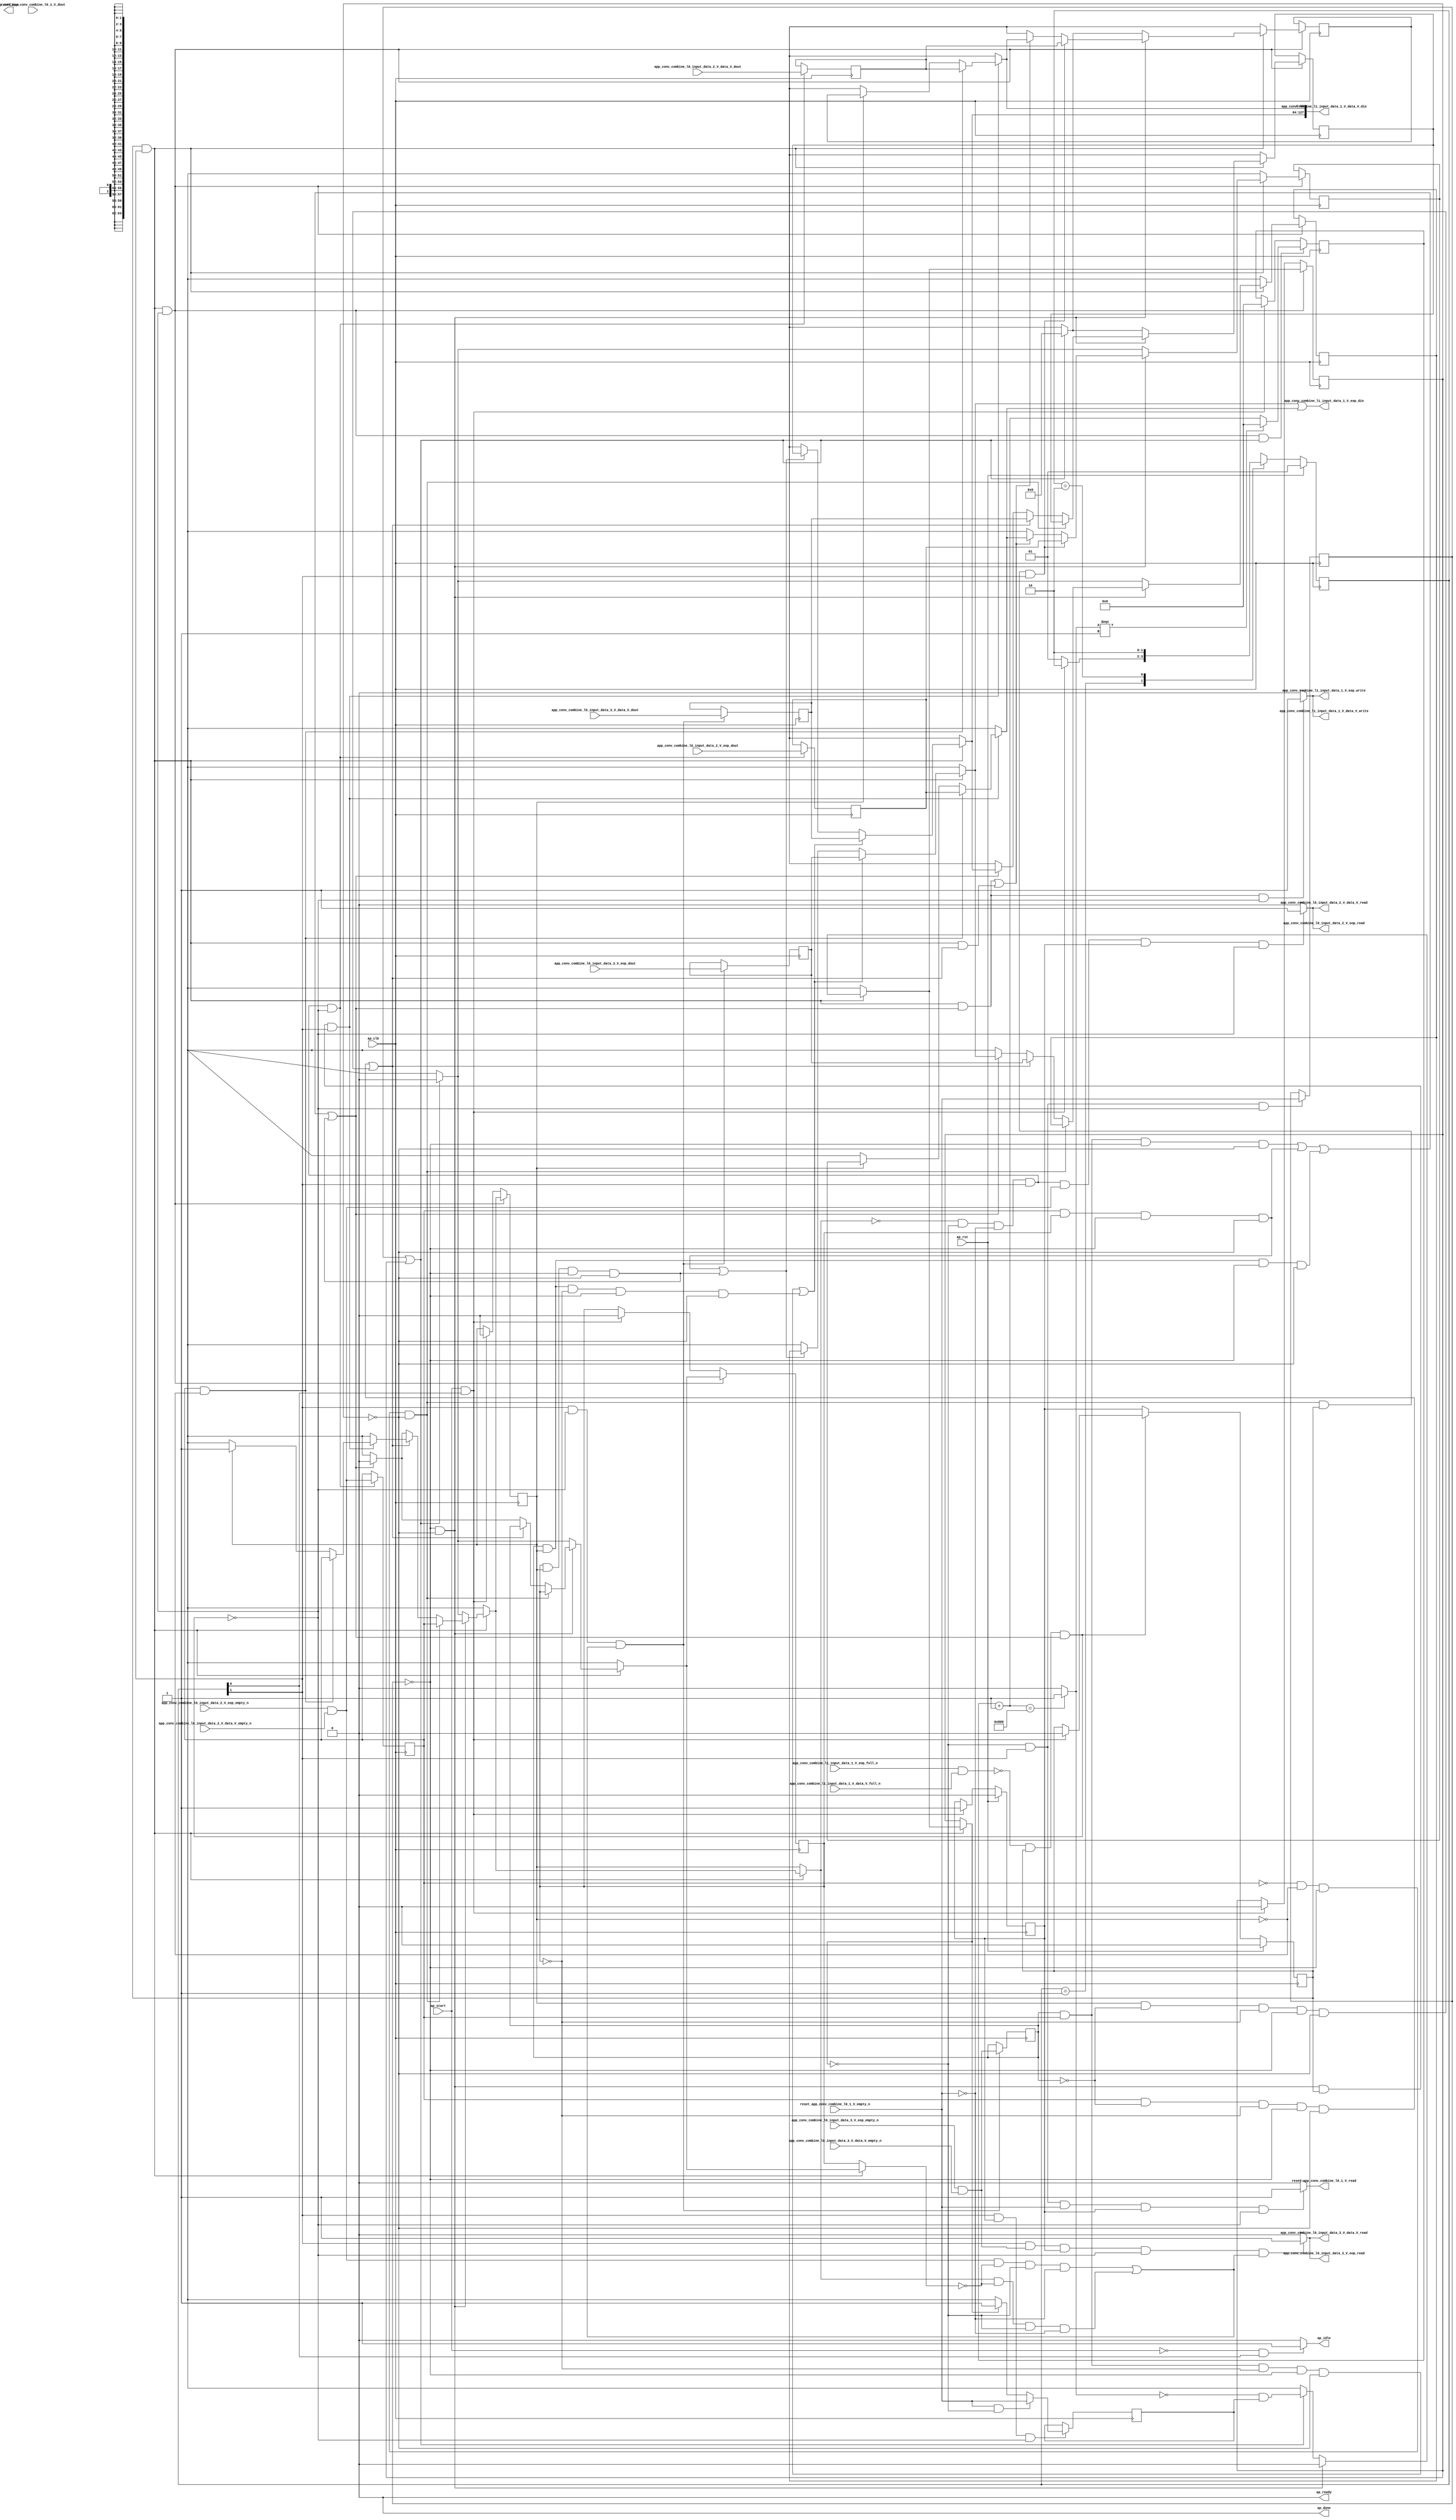
// ==============================================================
// RTL generated by Vivado(TM) HLS - High-Level Synthesis from C, C++ and SystemC
// Version: 2017.4.op
// Copyright (C) 1986-2018 Xilinx, Inc. All Rights Reserved.
// 
// ===========================================================

`timescale 1 ns / 1 ps 

(* CORE_GENERATION_INFO="app_conv_combine_l0_1,hls_ip_2017_4_op,{HLS_INPUT_TYPE=cxx,HLS_INPUT_FLOAT=0,HLS_INPUT_FIXED=0,HLS_INPUT_PART=xcvu9p-flgb2104-2-i,HLS_INPUT_CLOCK=4.000000,HLS_INPUT_ARCH=others,HLS_SYN_CLOCK=3.025500,HLS_SYN_LAT=-1,HLS_SYN_TPT=none,HLS_SYN_MEM=0,HLS_SYN_DSP=0,HLS_SYN_FF=303,HLS_SYN_LUT=658}" *)

module app_conv_combine_l0_1 (
        ap_clk,
        ap_rst,
        ap_start,
        ap_done,
ap_continue,
        ap_idle,
        ap_ready,
        reset_app_conv_combine_l0_1_V_dout,
        reset_app_conv_combine_l0_1_V_empty_n,
        reset_app_conv_combine_l0_1_V_read,
        app_conv_combine_l0_input_data_2_V_data_V_dout,
        app_conv_combine_l0_input_data_2_V_data_V_empty_n,
        app_conv_combine_l0_input_data_2_V_data_V_read,
        app_conv_combine_l0_input_data_2_V_eop_dout,
        app_conv_combine_l0_input_data_2_V_eop_empty_n,
        app_conv_combine_l0_input_data_2_V_eop_read,
        app_conv_combine_l0_input_data_3_V_data_V_dout,
        app_conv_combine_l0_input_data_3_V_data_V_empty_n,
        app_conv_combine_l0_input_data_3_V_data_V_read,
        app_conv_combine_l0_input_data_3_V_eop_dout,
        app_conv_combine_l0_input_data_3_V_eop_empty_n,
        app_conv_combine_l0_input_data_3_V_eop_read,
        app_conv_combine_l1_input_data_1_V_data_V_din,
        app_conv_combine_l1_input_data_1_V_data_V_full_n,
        app_conv_combine_l1_input_data_1_V_data_V_write,
        app_conv_combine_l1_input_data_1_V_eop_din,
        app_conv_combine_l1_input_data_1_V_eop_full_n,
        app_conv_combine_l1_input_data_1_V_eop_write
);

parameter    ap_ST_fsm_state1 = 2'd1;
parameter    ap_ST_fsm_pp0_stage0 = 2'd2;

input   ap_clk;
input   ap_rst;
input   ap_start;
output   ap_done;
output   ap_idle;
output ap_ready; output ap_continue;
input   reset_app_conv_combine_l0_1_V_dout;
input   reset_app_conv_combine_l0_1_V_empty_n;
output   reset_app_conv_combine_l0_1_V_read;
input  [63:0] app_conv_combine_l0_input_data_2_V_data_V_dout;
input   app_conv_combine_l0_input_data_2_V_data_V_empty_n;
output   app_conv_combine_l0_input_data_2_V_data_V_read;
input   app_conv_combine_l0_input_data_2_V_eop_dout;
input   app_conv_combine_l0_input_data_2_V_eop_empty_n;
output   app_conv_combine_l0_input_data_2_V_eop_read;
input  [63:0] app_conv_combine_l0_input_data_3_V_data_V_dout;
input   app_conv_combine_l0_input_data_3_V_data_V_empty_n;
output   app_conv_combine_l0_input_data_3_V_data_V_read;
input   app_conv_combine_l0_input_data_3_V_eop_dout;
input   app_conv_combine_l0_input_data_3_V_eop_empty_n;
output   app_conv_combine_l0_input_data_3_V_eop_read;
output  [127:0] app_conv_combine_l1_input_data_1_V_data_V_din;
input   app_conv_combine_l1_input_data_1_V_data_V_full_n;
output   app_conv_combine_l1_input_data_1_V_data_V_write;
output   app_conv_combine_l1_input_data_1_V_eop_din;
input   app_conv_combine_l1_input_data_1_V_eop_full_n;
output   app_conv_combine_l1_input_data_1_V_eop_write;

reg ap_idle;
reg reset_app_conv_combine_l0_1_V_read;

(* fsm_encoding = "none" *) reg   [1:0] ap_CS_fsm;
wire    ap_CS_fsm_state1;
reg    app_conv_combine_l1_input_data_1_V_data_V_blk_n;
wire    ap_CS_fsm_pp0_stage0;
reg    ap_enable_reg_pp0_iter1;
wire    ap_block_pp0_stage0;
reg   [0:0] reset_reg_208;
reg   [0:0] empty_n_reg_589;
reg   [0:0] data_2_ready_reg_196;
reg   [0:0] data_3_ready_reg_184;
reg   [0:0] empty_n_3_reg_594;
reg   [0:0] empty_n_4_reg_612;
reg    app_conv_combine_l1_input_data_1_V_eop_blk_n;
reg   [0:0] input_data_3_1_reg_220;
reg   [63:0] input_data_3_reg_231;
reg   [0:0] input_data_2_1_reg_242;
reg   [63:0] input_data_2_reg_253;
wire   [0:0] empty_n_fu_497_p1;
wire    ap_block_state2_pp0_stage0_iter0;
wire    app_conv_combine_l1_input_data_1_V_eop1_status;
reg    ap_predicate_op54_write_state3;
reg    ap_block_state3_pp0_stage0_iter1;
reg    ap_block_pp0_stage0_11001;
reg   [0:0] ap_phi_mux_reset_phi_fu_212_p4;
wire   [0:0] empty_n_3_fu_501_p1;
reg   [0:0] ap_phi_mux_data_2_ready_phi_fu_200_p4;
reg   [63:0] tmp_data_V_1_reg_600;
reg   [0:0] tmp_eop_1_reg_606;
reg   [0:0] ap_phi_mux_data_3_ready_phi_fu_188_p4;
reg   [63:0] tmp_data_V_2_reg_617;
reg   [0:0] tmp_eop_2_reg_623;
reg    ap_enable_reg_pp0_iter0;
reg    ap_block_pp0_stage0_subdone;
reg   [0:0] ap_phi_mux_data_3_ready_be_phi_fu_458_p4;
reg   [0:0] ap_phi_mux_data_2_ready_be_phi_fu_471_p4;
reg   [0:0] ap_phi_mux_reset_be_phi_fu_484_p4;
reg   [0:0] ap_phi_mux_input_data_3_1_be_phi_fu_406_p4;
reg   [63:0] ap_phi_mux_input_data_3_be_phi_fu_419_p4;
reg   [0:0] ap_phi_mux_input_data_2_1_be_phi_fu_432_p4;
reg   [63:0] ap_phi_mux_input_data_2_be_phi_fu_445_p4;
reg   [0:0] ap_phi_mux_input_data_2_1_1_phi_fu_267_p4;
wire   [0:0] ap_phi_reg_pp0_iter1_input_data_2_1_1_reg_264;
reg   [63:0] ap_phi_mux_input_data_2_0_1_phi_fu_277_p4;
wire   [63:0] ap_phi_reg_pp0_iter1_input_data_2_0_1_reg_274;
reg   [0:0] ap_phi_mux_data_2_ready_1_phi_fu_287_p4;
wire   [0:0] ap_phi_reg_pp0_iter1_data_2_ready_1_reg_284;
reg   [0:0] ap_phi_mux_input_data_3_1_1_phi_fu_297_p4;
wire   [0:0] ap_phi_reg_pp0_iter1_input_data_3_1_1_reg_294;
reg   [63:0] ap_phi_mux_input_data_3_0_1_phi_fu_307_p4;
wire   [63:0] ap_phi_reg_pp0_iter1_input_data_3_0_1_reg_304;
reg   [0:0] ap_phi_mux_input_data_3_1_2_phi_fu_317_p6;
wire   [0:0] ap_phi_reg_pp0_iter1_input_data_3_1_2_reg_314;
reg   [63:0] ap_phi_mux_input_data_3_0_2_phi_fu_330_p6;
wire   [63:0] ap_phi_reg_pp0_iter1_input_data_3_0_2_reg_327;
reg   [0:0] ap_phi_mux_input_data_2_1_2_phi_fu_343_p6;
wire   [0:0] ap_phi_reg_pp0_iter1_input_data_2_1_2_reg_340;
reg   [63:0] ap_phi_mux_input_data_2_0_2_phi_fu_356_p6;
wire   [63:0] ap_phi_reg_pp0_iter1_input_data_2_0_2_reg_353;
reg   [0:0] ap_phi_mux_data_3_ready_1_phi_fu_369_p6;
wire   [0:0] ap_phi_reg_pp0_iter1_data_3_ready_1_reg_366;
reg   [0:0] ap_phi_mux_data_2_ready_2_phi_fu_382_p6;
wire   [0:0] ap_phi_reg_pp0_iter1_data_2_ready_2_reg_379;
wire   [0:0] ap_phi_reg_pp0_iter0_reset_1_reg_392;
reg   [0:0] ap_phi_reg_pp0_iter1_reset_1_reg_392;
wire   [0:0] ap_phi_reg_pp0_iter1_input_data_3_1_be_reg_402;
wire   [63:0] ap_phi_reg_pp0_iter1_input_data_3_be_reg_415;
wire   [0:0] ap_phi_reg_pp0_iter1_input_data_2_1_be_reg_428;
wire   [63:0] ap_phi_reg_pp0_iter1_input_data_2_be_reg_441;
wire   [0:0] ap_phi_reg_pp0_iter1_data_3_ready_be_reg_454;
wire   [0:0] ap_phi_reg_pp0_iter1_data_2_ready_be_reg_467;
wire   [0:0] p_reset_1_fu_562_p2;
wire   [0:0] ap_phi_reg_pp0_iter1_reset_be_reg_480;
reg    app_conv_combine_l0_input_data_2_V_eop0_update;
wire   [0:0] empty_n_1_nbread_fu_158_p3_0;
reg    app_conv_combine_l0_input_data_3_V_eop0_update;
wire   [0:0] empty_n_2_nbread_fu_166_p3_0;
reg    app_conv_combine_l1_input_data_1_V_eop1_update;
reg    ap_block_pp0_stage0_01001;
reg   [31:0] reset_cnt_fu_148;
wire   [31:0] p_s_fu_569_p3;
wire   [31:0] reset_cnt_1_fu_544_p2;
wire   [0:0] tmp_2_fu_550_p2;
wire   [0:0] not_s_fu_556_p2;
reg   [1:0] ap_NS_fsm;
reg    ap_idle_pp0;
wire    ap_enable_pp0;
reg    ap_condition_278;
reg    ap_condition_87;
reg    ap_condition_239;
reg    ap_condition_245;
reg    ap_condition_63;
reg    ap_condition_81;
reg    ap_condition_224;
reg    ap_condition_265;

// power-on initialization
initial begin
#0 ap_CS_fsm = 2'd1;
#0 ap_enable_reg_pp0_iter1 = 1'b0;
#0 ap_enable_reg_pp0_iter0 = 1'b0;
end

always @ (posedge ap_clk) begin
    if (ap_rst == 1'b1) begin
        ap_CS_fsm <= ap_ST_fsm_state1;
    end else begin
        ap_CS_fsm <= ap_NS_fsm;
    end
end

always @ (posedge ap_clk) begin
    if (ap_rst == 1'b1) begin
        ap_enable_reg_pp0_iter0 <= 1'b0;
    end else begin
        if (((ap_start == 1'b1) & (1'b1 == ap_CS_fsm_state1))) begin
            ap_enable_reg_pp0_iter0 <= 1'b1;
        end
    end
end

always @ (posedge ap_clk) begin
    if (ap_rst == 1'b1) begin
        ap_enable_reg_pp0_iter1 <= 1'b0;
    end else begin
        if ((1'b0 == ap_block_pp0_stage0_subdone)) begin
            ap_enable_reg_pp0_iter1 <= ap_enable_reg_pp0_iter0;
        end else if (((ap_start == 1'b1) & (1'b1 == ap_CS_fsm_state1))) begin
            ap_enable_reg_pp0_iter1 <= 1'b0;
        end
    end
end

always @ (posedge ap_clk) begin
    if ((1'b1 == ap_condition_265)) begin
        if (((empty_n_fu_497_p1 == 1'd1) & (ap_phi_mux_reset_phi_fu_212_p4 == 1'd0))) begin
            ap_phi_reg_pp0_iter1_reset_1_reg_392 <= reset_app_conv_combine_l0_1_V_empty_n;
        end else if ((ap_phi_mux_reset_phi_fu_212_p4 == 1'd1)) begin
            ap_phi_reg_pp0_iter1_reset_1_reg_392 <= ap_phi_mux_reset_phi_fu_212_p4;
        end else if ((1'b1 == 1'b1)) begin
            ap_phi_reg_pp0_iter1_reset_1_reg_392 <= ap_phi_reg_pp0_iter0_reset_1_reg_392;
        end
    end
end

always @ (posedge ap_clk) begin
    if (((ap_enable_reg_pp0_iter1 == 1'b1) & (1'b1 == ap_CS_fsm_pp0_stage0) & (1'b0 == ap_block_pp0_stage0_11001))) begin
        data_2_ready_reg_196 <= ap_phi_mux_data_2_ready_be_phi_fu_471_p4;
    end else if (((ap_start == 1'b1) & (1'b1 == ap_CS_fsm_state1))) begin
        data_2_ready_reg_196 <= 1'd0;
    end
end

always @ (posedge ap_clk) begin
    if (((ap_enable_reg_pp0_iter1 == 1'b1) & (1'b1 == ap_CS_fsm_pp0_stage0) & (1'b0 == ap_block_pp0_stage0_11001))) begin
        data_3_ready_reg_184 <= ap_phi_mux_data_3_ready_be_phi_fu_458_p4;
    end else if (((ap_start == 1'b1) & (1'b1 == ap_CS_fsm_state1))) begin
        data_3_ready_reg_184 <= 1'd0;
    end
end

always @ (posedge ap_clk) begin
    if (((ap_enable_reg_pp0_iter1 == 1'b1) & (1'b1 == ap_CS_fsm_pp0_stage0) & (1'b0 == ap_block_pp0_stage0_11001) & ((empty_n_reg_589 == 1'd1) | (reset_reg_208 == 1'd1)))) begin
        reset_cnt_fu_148 <= p_s_fu_569_p3;
    end else if (((ap_start == 1'b1) & (1'b1 == ap_CS_fsm_state1))) begin
        reset_cnt_fu_148 <= 32'd0;
    end
end

always @ (posedge ap_clk) begin
    if (((ap_enable_reg_pp0_iter1 == 1'b1) & (1'b1 == ap_CS_fsm_pp0_stage0) & (1'b0 == ap_block_pp0_stage0_11001))) begin
        reset_reg_208 <= ap_phi_mux_reset_be_phi_fu_484_p4;
    end else if (((ap_start == 1'b1) & (1'b1 == ap_CS_fsm_state1))) begin
        reset_reg_208 <= 1'd0;
    end
end

always @ (posedge ap_clk) begin
    if (((ap_phi_mux_data_2_ready_phi_fu_200_p4 == 1'd0) & (ap_phi_mux_reset_phi_fu_212_p4 == 1'd0) & (empty_n_fu_497_p1 == 1'd0) & (1'b1 == ap_CS_fsm_pp0_stage0) & (1'b0 == ap_block_pp0_stage0_11001))) begin
        empty_n_3_reg_594 <= empty_n_1_nbread_fu_158_p3_0;
        tmp_data_V_1_reg_600 <= app_conv_combine_l0_input_data_2_V_data_V_dout;
        tmp_eop_1_reg_606 <= app_conv_combine_l0_input_data_2_V_eop_dout;
    end
end

always @ (posedge ap_clk) begin
    if (((1'b1 == ap_CS_fsm_pp0_stage0) & (1'b0 == ap_block_pp0_stage0_11001) & (((empty_n_3_fu_501_p1 == 1'd1) & (ap_phi_mux_data_3_ready_phi_fu_188_p4 == 1'd0) & (ap_phi_mux_reset_phi_fu_212_p4 == 1'd0) & (empty_n_fu_497_p1 == 1'd0)) | ((ap_phi_mux_data_2_ready_phi_fu_200_p4 == 1'd1) & (ap_phi_mux_data_3_ready_phi_fu_188_p4 == 1'd0) & (ap_phi_mux_reset_phi_fu_212_p4 == 1'd0) & (empty_n_fu_497_p1 == 1'd0))))) begin
        empty_n_4_reg_612 <= empty_n_2_nbread_fu_166_p3_0;
        tmp_data_V_2_reg_617 <= app_conv_combine_l0_input_data_3_V_data_V_dout;
        tmp_eop_2_reg_623 <= app_conv_combine_l0_input_data_3_V_eop_dout;
    end
end

always @ (posedge ap_clk) begin
    if (((ap_phi_mux_reset_phi_fu_212_p4 == 1'd0) & (1'b1 == ap_CS_fsm_pp0_stage0) & (1'b0 == ap_block_pp0_stage0_11001))) begin
        empty_n_reg_589 <= reset_app_conv_combine_l0_1_V_empty_n;
    end
end

always @ (posedge ap_clk) begin
    if (((ap_enable_reg_pp0_iter1 == 1'b1) & (1'b1 == ap_CS_fsm_pp0_stage0) & (1'b0 == ap_block_pp0_stage0_11001))) begin
        input_data_2_1_reg_242 <= ap_phi_mux_input_data_2_1_be_phi_fu_432_p4;
        input_data_2_reg_253 <= ap_phi_mux_input_data_2_be_phi_fu_445_p4;
        input_data_3_1_reg_220 <= ap_phi_mux_input_data_3_1_be_phi_fu_406_p4;
        input_data_3_reg_231 <= ap_phi_mux_input_data_3_be_phi_fu_419_p4;
    end
end

always @ (*) begin
    if (((ap_start == 1'b0) & (1'b1 == ap_CS_fsm_state1))) begin
        ap_idle = 1'b1;
    end else begin
        ap_idle = 1'b0;
    end
end

always @ (*) begin
    if (((ap_enable_reg_pp0_iter1 == 1'b0) & (ap_enable_reg_pp0_iter0 == 1'b0))) begin
        ap_idle_pp0 = 1'b1;
    end else begin
        ap_idle_pp0 = 1'b0;
    end
end

always @ (*) begin
    if ((1'b1 == ap_condition_278)) begin
        if (((empty_n_3_reg_594 == 1'd1) & (data_2_ready_reg_196 == 1'd0))) begin
            ap_phi_mux_data_2_ready_1_phi_fu_287_p4 = empty_n_3_reg_594;
        end else if ((data_2_ready_reg_196 == 1'd1)) begin
            ap_phi_mux_data_2_ready_1_phi_fu_287_p4 = data_2_ready_reg_196;
        end else begin
            ap_phi_mux_data_2_ready_1_phi_fu_287_p4 = ap_phi_reg_pp0_iter1_data_2_ready_1_reg_284;
        end
    end else begin
        ap_phi_mux_data_2_ready_1_phi_fu_287_p4 = ap_phi_reg_pp0_iter1_data_2_ready_1_reg_284;
    end
end

always @ (*) begin
    if ((1'b1 == ap_condition_63)) begin
        if ((1'b1 == ap_condition_245)) begin
            ap_phi_mux_data_2_ready_2_phi_fu_382_p6 = empty_n_3_reg_594;
        end else if ((1'b1 == ap_condition_239)) begin
            ap_phi_mux_data_2_ready_2_phi_fu_382_p6 = ap_phi_mux_data_2_ready_1_phi_fu_287_p4;
        end else if ((1'b1 == ap_condition_87)) begin
            ap_phi_mux_data_2_ready_2_phi_fu_382_p6 = 1'd0;
        end else begin
            ap_phi_mux_data_2_ready_2_phi_fu_382_p6 = ap_phi_reg_pp0_iter1_data_2_ready_2_reg_379;
        end
    end else begin
        ap_phi_mux_data_2_ready_2_phi_fu_382_p6 = ap_phi_reg_pp0_iter1_data_2_ready_2_reg_379;
    end
end

always @ (*) begin
    if ((1'b1 == ap_condition_63)) begin
        if (((empty_n_reg_589 == 1'd0) & (reset_reg_208 == 1'd0))) begin
            ap_phi_mux_data_2_ready_be_phi_fu_471_p4 = ap_phi_mux_data_2_ready_2_phi_fu_382_p6;
        end else if (((empty_n_reg_589 == 1'd1) | (reset_reg_208 == 1'd1))) begin
            ap_phi_mux_data_2_ready_be_phi_fu_471_p4 = 1'd0;
        end else begin
            ap_phi_mux_data_2_ready_be_phi_fu_471_p4 = ap_phi_reg_pp0_iter1_data_2_ready_be_reg_467;
        end
    end else begin
        ap_phi_mux_data_2_ready_be_phi_fu_471_p4 = ap_phi_reg_pp0_iter1_data_2_ready_be_reg_467;
    end
end

always @ (*) begin
    if (((1'b0 == ap_block_pp0_stage0) & (ap_enable_reg_pp0_iter1 == 1'b1) & (1'b1 == ap_CS_fsm_pp0_stage0))) begin
        ap_phi_mux_data_2_ready_phi_fu_200_p4 = ap_phi_mux_data_2_ready_be_phi_fu_471_p4;
    end else begin
        ap_phi_mux_data_2_ready_phi_fu_200_p4 = data_2_ready_reg_196;
    end
end

always @ (*) begin
    if ((1'b1 == ap_condition_63)) begin
        if ((1'b1 == ap_condition_245)) begin
            ap_phi_mux_data_3_ready_1_phi_fu_369_p6 = data_3_ready_reg_184;
        end else if ((1'b1 == ap_condition_239)) begin
            ap_phi_mux_data_3_ready_1_phi_fu_369_p6 = empty_n_4_reg_612;
        end else if ((1'b1 == ap_condition_87)) begin
            ap_phi_mux_data_3_ready_1_phi_fu_369_p6 = 1'd0;
        end else begin
            ap_phi_mux_data_3_ready_1_phi_fu_369_p6 = ap_phi_reg_pp0_iter1_data_3_ready_1_reg_366;
        end
    end else begin
        ap_phi_mux_data_3_ready_1_phi_fu_369_p6 = ap_phi_reg_pp0_iter1_data_3_ready_1_reg_366;
    end
end

always @ (*) begin
    if ((1'b1 == ap_condition_63)) begin
        if (((empty_n_reg_589 == 1'd0) & (reset_reg_208 == 1'd0))) begin
            ap_phi_mux_data_3_ready_be_phi_fu_458_p4 = ap_phi_mux_data_3_ready_1_phi_fu_369_p6;
        end else if (((empty_n_reg_589 == 1'd1) | (reset_reg_208 == 1'd1))) begin
            ap_phi_mux_data_3_ready_be_phi_fu_458_p4 = 1'd0;
        end else begin
            ap_phi_mux_data_3_ready_be_phi_fu_458_p4 = ap_phi_reg_pp0_iter1_data_3_ready_be_reg_454;
        end
    end else begin
        ap_phi_mux_data_3_ready_be_phi_fu_458_p4 = ap_phi_reg_pp0_iter1_data_3_ready_be_reg_454;
    end
end

always @ (*) begin
    if (((1'b0 == ap_block_pp0_stage0) & (ap_enable_reg_pp0_iter1 == 1'b1) & (1'b1 == ap_CS_fsm_pp0_stage0))) begin
        ap_phi_mux_data_3_ready_phi_fu_188_p4 = ap_phi_mux_data_3_ready_be_phi_fu_458_p4;
    end else begin
        ap_phi_mux_data_3_ready_phi_fu_188_p4 = data_3_ready_reg_184;
    end
end

always @ (*) begin
    if ((1'b1 == ap_condition_278)) begin
        if (((empty_n_3_reg_594 == 1'd1) & (data_2_ready_reg_196 == 1'd0))) begin
            ap_phi_mux_input_data_2_0_1_phi_fu_277_p4 = tmp_data_V_1_reg_600;
        end else if ((data_2_ready_reg_196 == 1'd1)) begin
            ap_phi_mux_input_data_2_0_1_phi_fu_277_p4 = input_data_2_reg_253;
        end else begin
            ap_phi_mux_input_data_2_0_1_phi_fu_277_p4 = ap_phi_reg_pp0_iter1_input_data_2_0_1_reg_274;
        end
    end else begin
        ap_phi_mux_input_data_2_0_1_phi_fu_277_p4 = ap_phi_reg_pp0_iter1_input_data_2_0_1_reg_274;
    end
end

always @ (*) begin
    if (((empty_n_3_reg_594 == 1'd0) & (data_2_ready_reg_196 == 1'd0) & (empty_n_reg_589 == 1'd0) & (reset_reg_208 == 1'd0) & (1'b0 == ap_block_pp0_stage0) & (ap_enable_reg_pp0_iter1 == 1'b1) & (1'b1 == ap_CS_fsm_pp0_stage0))) begin
        ap_phi_mux_input_data_2_0_2_phi_fu_356_p6 = tmp_data_V_1_reg_600;
    end else if ((((1'b0 == ap_block_pp0_stage0) & (ap_enable_reg_pp0_iter1 == 1'b1) & (1'b1 == ap_CS_fsm_pp0_stage0) & (((empty_n_4_reg_612 == 1'd1) & (empty_n_3_reg_594 == 1'd1) & (empty_n_reg_589 == 1'd0) & (reset_reg_208 == 1'd0)) | ((empty_n_3_reg_594 == 1'd1) & (data_3_ready_reg_184 == 1'd1) & (empty_n_reg_589 == 1'd0) & (reset_reg_208 == 1'd0)) | ((empty_n_4_reg_612 == 1'd1) & (data_2_ready_reg_196 == 1'd1) & (empty_n_reg_589 == 1'd0) & (reset_reg_208 == 1'd0)) | ((data_3_ready_reg_184 == 1'd1) & (data_2_ready_reg_196 == 1'd1) & (empty_n_reg_589 == 1'd0) & (reset_reg_208 == 1'd0)))) | ((1'b0 == ap_block_pp0_stage0) & (ap_enable_reg_pp0_iter1 == 1'b1) & (1'b1 == ap_CS_fsm_pp0_stage0) & (((empty_n_3_reg_594 == 1'd1) & (empty_n_4_reg_612 == 1'd0) & (data_3_ready_reg_184 == 1'd0) & (empty_n_reg_589 == 1'd0) & (reset_reg_208 == 1'd0)) | ((data_2_ready_reg_196 == 1'd1) & (empty_n_4_reg_612 == 1'd0) & (data_3_ready_reg_184 == 1'd0) & (empty_n_reg_589 == 1'd0) & (reset_reg_208 == 1'd0)))))) begin
        ap_phi_mux_input_data_2_0_2_phi_fu_356_p6 = ap_phi_mux_input_data_2_0_1_phi_fu_277_p4;
    end else begin
        ap_phi_mux_input_data_2_0_2_phi_fu_356_p6 = ap_phi_reg_pp0_iter1_input_data_2_0_2_reg_353;
    end
end

always @ (*) begin
    if ((1'b1 == ap_condition_278)) begin
        if (((empty_n_3_reg_594 == 1'd1) & (data_2_ready_reg_196 == 1'd0))) begin
            ap_phi_mux_input_data_2_1_1_phi_fu_267_p4 = tmp_eop_1_reg_606;
        end else if ((data_2_ready_reg_196 == 1'd1)) begin
            ap_phi_mux_input_data_2_1_1_phi_fu_267_p4 = input_data_2_1_reg_242;
        end else begin
            ap_phi_mux_input_data_2_1_1_phi_fu_267_p4 = ap_phi_reg_pp0_iter1_input_data_2_1_1_reg_264;
        end
    end else begin
        ap_phi_mux_input_data_2_1_1_phi_fu_267_p4 = ap_phi_reg_pp0_iter1_input_data_2_1_1_reg_264;
    end
end

always @ (*) begin
    if (((empty_n_3_reg_594 == 1'd0) & (data_2_ready_reg_196 == 1'd0) & (empty_n_reg_589 == 1'd0) & (reset_reg_208 == 1'd0) & (1'b0 == ap_block_pp0_stage0) & (ap_enable_reg_pp0_iter1 == 1'b1) & (1'b1 == ap_CS_fsm_pp0_stage0))) begin
        ap_phi_mux_input_data_2_1_2_phi_fu_343_p6 = tmp_eop_1_reg_606;
    end else if ((((1'b0 == ap_block_pp0_stage0) & (ap_enable_reg_pp0_iter1 == 1'b1) & (1'b1 == ap_CS_fsm_pp0_stage0) & (((empty_n_4_reg_612 == 1'd1) & (empty_n_3_reg_594 == 1'd1) & (empty_n_reg_589 == 1'd0) & (reset_reg_208 == 1'd0)) | ((empty_n_3_reg_594 == 1'd1) & (data_3_ready_reg_184 == 1'd1) & (empty_n_reg_589 == 1'd0) & (reset_reg_208 == 1'd0)) | ((empty_n_4_reg_612 == 1'd1) & (data_2_ready_reg_196 == 1'd1) & (empty_n_reg_589 == 1'd0) & (reset_reg_208 == 1'd0)) | ((data_3_ready_reg_184 == 1'd1) & (data_2_ready_reg_196 == 1'd1) & (empty_n_reg_589 == 1'd0) & (reset_reg_208 == 1'd0)))) | ((1'b0 == ap_block_pp0_stage0) & (ap_enable_reg_pp0_iter1 == 1'b1) & (1'b1 == ap_CS_fsm_pp0_stage0) & (((empty_n_3_reg_594 == 1'd1) & (empty_n_4_reg_612 == 1'd0) & (data_3_ready_reg_184 == 1'd0) & (empty_n_reg_589 == 1'd0) & (reset_reg_208 == 1'd0)) | ((data_2_ready_reg_196 == 1'd1) & (empty_n_4_reg_612 == 1'd0) & (data_3_ready_reg_184 == 1'd0) & (empty_n_reg_589 == 1'd0) & (reset_reg_208 == 1'd0)))))) begin
        ap_phi_mux_input_data_2_1_2_phi_fu_343_p6 = ap_phi_mux_input_data_2_1_1_phi_fu_267_p4;
    end else begin
        ap_phi_mux_input_data_2_1_2_phi_fu_343_p6 = ap_phi_reg_pp0_iter1_input_data_2_1_2_reg_340;
    end
end

always @ (*) begin
    if ((1'b1 == ap_condition_63)) begin
        if (((empty_n_reg_589 == 1'd0) & (reset_reg_208 == 1'd0))) begin
            ap_phi_mux_input_data_2_1_be_phi_fu_432_p4 = ap_phi_mux_input_data_2_1_2_phi_fu_343_p6;
        end else if (((empty_n_reg_589 == 1'd1) | (reset_reg_208 == 1'd1))) begin
            ap_phi_mux_input_data_2_1_be_phi_fu_432_p4 = 1'd0;
        end else begin
            ap_phi_mux_input_data_2_1_be_phi_fu_432_p4 = ap_phi_reg_pp0_iter1_input_data_2_1_be_reg_428;
        end
    end else begin
        ap_phi_mux_input_data_2_1_be_phi_fu_432_p4 = ap_phi_reg_pp0_iter1_input_data_2_1_be_reg_428;
    end
end

always @ (*) begin
    if ((1'b1 == ap_condition_63)) begin
        if (((empty_n_reg_589 == 1'd0) & (reset_reg_208 == 1'd0))) begin
            ap_phi_mux_input_data_2_be_phi_fu_445_p4 = ap_phi_mux_input_data_2_0_2_phi_fu_356_p6;
        end else if (((empty_n_reg_589 == 1'd1) | (reset_reg_208 == 1'd1))) begin
            ap_phi_mux_input_data_2_be_phi_fu_445_p4 = 64'd0;
        end else begin
            ap_phi_mux_input_data_2_be_phi_fu_445_p4 = ap_phi_reg_pp0_iter1_input_data_2_be_reg_441;
        end
    end else begin
        ap_phi_mux_input_data_2_be_phi_fu_445_p4 = ap_phi_reg_pp0_iter1_input_data_2_be_reg_441;
    end
end

always @ (*) begin
    if ((1'b1 == ap_condition_63)) begin
        if ((1'b1 == ap_condition_224)) begin
            ap_phi_mux_input_data_3_0_1_phi_fu_307_p4 = tmp_data_V_2_reg_617;
        end else if ((1'b1 == ap_condition_81)) begin
            ap_phi_mux_input_data_3_0_1_phi_fu_307_p4 = input_data_3_reg_231;
        end else begin
            ap_phi_mux_input_data_3_0_1_phi_fu_307_p4 = ap_phi_reg_pp0_iter1_input_data_3_0_1_reg_304;
        end
    end else begin
        ap_phi_mux_input_data_3_0_1_phi_fu_307_p4 = ap_phi_reg_pp0_iter1_input_data_3_0_1_reg_304;
    end
end

always @ (*) begin
    if ((1'b1 == ap_condition_63)) begin
        if ((1'b1 == ap_condition_245)) begin
            ap_phi_mux_input_data_3_0_2_phi_fu_330_p6 = input_data_3_reg_231;
        end else if ((1'b1 == ap_condition_239)) begin
            ap_phi_mux_input_data_3_0_2_phi_fu_330_p6 = tmp_data_V_2_reg_617;
        end else if ((1'b1 == ap_condition_87)) begin
            ap_phi_mux_input_data_3_0_2_phi_fu_330_p6 = ap_phi_mux_input_data_3_0_1_phi_fu_307_p4;
        end else begin
            ap_phi_mux_input_data_3_0_2_phi_fu_330_p6 = ap_phi_reg_pp0_iter1_input_data_3_0_2_reg_327;
        end
    end else begin
        ap_phi_mux_input_data_3_0_2_phi_fu_330_p6 = ap_phi_reg_pp0_iter1_input_data_3_0_2_reg_327;
    end
end

always @ (*) begin
    if ((1'b1 == ap_condition_63)) begin
        if ((1'b1 == ap_condition_224)) begin
            ap_phi_mux_input_data_3_1_1_phi_fu_297_p4 = tmp_eop_2_reg_623;
        end else if ((1'b1 == ap_condition_81)) begin
            ap_phi_mux_input_data_3_1_1_phi_fu_297_p4 = input_data_3_1_reg_220;
        end else begin
            ap_phi_mux_input_data_3_1_1_phi_fu_297_p4 = ap_phi_reg_pp0_iter1_input_data_3_1_1_reg_294;
        end
    end else begin
        ap_phi_mux_input_data_3_1_1_phi_fu_297_p4 = ap_phi_reg_pp0_iter1_input_data_3_1_1_reg_294;
    end
end

always @ (*) begin
    if ((1'b1 == ap_condition_63)) begin
        if ((1'b1 == ap_condition_245)) begin
            ap_phi_mux_input_data_3_1_2_phi_fu_317_p6 = input_data_3_1_reg_220;
        end else if ((1'b1 == ap_condition_239)) begin
            ap_phi_mux_input_data_3_1_2_phi_fu_317_p6 = tmp_eop_2_reg_623;
        end else if ((1'b1 == ap_condition_87)) begin
            ap_phi_mux_input_data_3_1_2_phi_fu_317_p6 = ap_phi_mux_input_data_3_1_1_phi_fu_297_p4;
        end else begin
            ap_phi_mux_input_data_3_1_2_phi_fu_317_p6 = ap_phi_reg_pp0_iter1_input_data_3_1_2_reg_314;
        end
    end else begin
        ap_phi_mux_input_data_3_1_2_phi_fu_317_p6 = ap_phi_reg_pp0_iter1_input_data_3_1_2_reg_314;
    end
end

always @ (*) begin
    if ((1'b1 == ap_condition_63)) begin
        if (((empty_n_reg_589 == 1'd0) & (reset_reg_208 == 1'd0))) begin
            ap_phi_mux_input_data_3_1_be_phi_fu_406_p4 = ap_phi_mux_input_data_3_1_2_phi_fu_317_p6;
        end else if (((empty_n_reg_589 == 1'd1) | (reset_reg_208 == 1'd1))) begin
            ap_phi_mux_input_data_3_1_be_phi_fu_406_p4 = 1'd0;
        end else begin
            ap_phi_mux_input_data_3_1_be_phi_fu_406_p4 = ap_phi_reg_pp0_iter1_input_data_3_1_be_reg_402;
        end
    end else begin
        ap_phi_mux_input_data_3_1_be_phi_fu_406_p4 = ap_phi_reg_pp0_iter1_input_data_3_1_be_reg_402;
    end
end

always @ (*) begin
    if ((1'b1 == ap_condition_63)) begin
        if (((empty_n_reg_589 == 1'd0) & (reset_reg_208 == 1'd0))) begin
            ap_phi_mux_input_data_3_be_phi_fu_419_p4 = ap_phi_mux_input_data_3_0_2_phi_fu_330_p6;
        end else if (((empty_n_reg_589 == 1'd1) | (reset_reg_208 == 1'd1))) begin
            ap_phi_mux_input_data_3_be_phi_fu_419_p4 = 64'd0;
        end else begin
            ap_phi_mux_input_data_3_be_phi_fu_419_p4 = ap_phi_reg_pp0_iter1_input_data_3_be_reg_415;
        end
    end else begin
        ap_phi_mux_input_data_3_be_phi_fu_419_p4 = ap_phi_reg_pp0_iter1_input_data_3_be_reg_415;
    end
end

always @ (*) begin
    if ((1'b1 == ap_condition_63)) begin
        if (((empty_n_reg_589 == 1'd0) & (reset_reg_208 == 1'd0))) begin
            ap_phi_mux_reset_be_phi_fu_484_p4 = 1'd0;
        end else if (((empty_n_reg_589 == 1'd1) | (reset_reg_208 == 1'd1))) begin
            ap_phi_mux_reset_be_phi_fu_484_p4 = p_reset_1_fu_562_p2;
        end else begin
            ap_phi_mux_reset_be_phi_fu_484_p4 = ap_phi_reg_pp0_iter1_reset_be_reg_480;
        end
    end else begin
        ap_phi_mux_reset_be_phi_fu_484_p4 = ap_phi_reg_pp0_iter1_reset_be_reg_480;
    end
end

always @ (*) begin
    if (((1'b0 == ap_block_pp0_stage0) & (ap_enable_reg_pp0_iter1 == 1'b1) & (1'b1 == ap_CS_fsm_pp0_stage0))) begin
        ap_phi_mux_reset_phi_fu_212_p4 = ap_phi_mux_reset_be_phi_fu_484_p4;
    end else begin
        ap_phi_mux_reset_phi_fu_212_p4 = reset_reg_208;
    end
end

always @ (*) begin
    if (((ap_phi_mux_data_2_ready_phi_fu_200_p4 == 1'd0) & (ap_phi_mux_reset_phi_fu_212_p4 == 1'd0) & (empty_n_fu_497_p1 == 1'd0) & (1'b1 == ap_CS_fsm_pp0_stage0) & ((app_conv_combine_l0_input_data_2_V_eop_empty_n & app_conv_combine_l0_input_data_2_V_data_V_empty_n) == 1'b1) & (ap_enable_reg_pp0_iter0 == 1'b1) & (1'b0 == ap_block_pp0_stage0_11001))) begin
        app_conv_combine_l0_input_data_2_V_eop0_update = 1'b1;
    end else begin
        app_conv_combine_l0_input_data_2_V_eop0_update = 1'b0;
    end
end

always @ (*) begin
    if (((1'b1 == ap_CS_fsm_pp0_stage0) & ((app_conv_combine_l0_input_data_3_V_eop_empty_n & app_conv_combine_l0_input_data_3_V_data_V_empty_n) == 1'b1) & (ap_enable_reg_pp0_iter0 == 1'b1) & (1'b0 == ap_block_pp0_stage0_11001) & (((empty_n_3_fu_501_p1 == 1'd1) & (ap_phi_mux_data_3_ready_phi_fu_188_p4 == 1'd0) & (ap_phi_mux_reset_phi_fu_212_p4 == 1'd0) & (empty_n_fu_497_p1 == 1'd0)) | ((ap_phi_mux_data_2_ready_phi_fu_200_p4 == 1'd1) & (ap_phi_mux_data_3_ready_phi_fu_188_p4 == 1'd0) & (ap_phi_mux_reset_phi_fu_212_p4 == 1'd0) & (empty_n_fu_497_p1 == 1'd0))))) begin
        app_conv_combine_l0_input_data_3_V_eop0_update = 1'b1;
    end else begin
        app_conv_combine_l0_input_data_3_V_eop0_update = 1'b0;
    end
end

always @ (*) begin
    if (((1'b0 == ap_block_pp0_stage0) & (ap_enable_reg_pp0_iter1 == 1'b1) & (1'b1 == ap_CS_fsm_pp0_stage0) & (((empty_n_4_reg_612 == 1'd1) & (empty_n_3_reg_594 == 1'd1) & (empty_n_reg_589 == 1'd0) & (reset_reg_208 == 1'd0)) | ((empty_n_3_reg_594 == 1'd1) & (data_3_ready_reg_184 == 1'd1) & (empty_n_reg_589 == 1'd0) & (reset_reg_208 == 1'd0)) | ((empty_n_4_reg_612 == 1'd1) & (data_2_ready_reg_196 == 1'd1) & (empty_n_reg_589 == 1'd0) & (reset_reg_208 == 1'd0)) | ((data_3_ready_reg_184 == 1'd1) & (data_2_ready_reg_196 == 1'd1) & (empty_n_reg_589 == 1'd0) & (reset_reg_208 == 1'd0))))) begin
        app_conv_combine_l1_input_data_1_V_data_V_blk_n = app_conv_combine_l1_input_data_1_V_data_V_full_n;
    end else begin
        app_conv_combine_l1_input_data_1_V_data_V_blk_n = 1'b1;
    end
end

always @ (*) begin
    if (((ap_enable_reg_pp0_iter1 == 1'b1) & (1'b1 == ap_CS_fsm_pp0_stage0) & (ap_predicate_op54_write_state3 == 1'b1) & (1'b0 == ap_block_pp0_stage0_11001))) begin
        app_conv_combine_l1_input_data_1_V_eop1_update = 1'b1;
    end else begin
        app_conv_combine_l1_input_data_1_V_eop1_update = 1'b0;
    end
end

always @ (*) begin
    if (((1'b0 == ap_block_pp0_stage0) & (ap_enable_reg_pp0_iter1 == 1'b1) & (1'b1 == ap_CS_fsm_pp0_stage0) & (((empty_n_4_reg_612 == 1'd1) & (empty_n_3_reg_594 == 1'd1) & (empty_n_reg_589 == 1'd0) & (reset_reg_208 == 1'd0)) | ((empty_n_3_reg_594 == 1'd1) & (data_3_ready_reg_184 == 1'd1) & (empty_n_reg_589 == 1'd0) & (reset_reg_208 == 1'd0)) | ((empty_n_4_reg_612 == 1'd1) & (data_2_ready_reg_196 == 1'd1) & (empty_n_reg_589 == 1'd0) & (reset_reg_208 == 1'd0)) | ((data_3_ready_reg_184 == 1'd1) & (data_2_ready_reg_196 == 1'd1) & (empty_n_reg_589 == 1'd0) & (reset_reg_208 == 1'd0))))) begin
        app_conv_combine_l1_input_data_1_V_eop_blk_n = app_conv_combine_l1_input_data_1_V_eop_full_n;
    end else begin
        app_conv_combine_l1_input_data_1_V_eop_blk_n = 1'b1;
    end
end

always @ (*) begin
    if (((ap_phi_mux_reset_phi_fu_212_p4 == 1'd0) & (1'b1 == ap_CS_fsm_pp0_stage0) & (reset_app_conv_combine_l0_1_V_empty_n == 1'b1) & (ap_enable_reg_pp0_iter0 == 1'b1) & (1'b0 == ap_block_pp0_stage0_11001))) begin
        reset_app_conv_combine_l0_1_V_read = 1'b1;
    end else begin
        reset_app_conv_combine_l0_1_V_read = 1'b0;
    end
end

always @ (*) begin
    case (ap_CS_fsm)
        ap_ST_fsm_state1 : begin
            if (((ap_start == 1'b1) & (1'b1 == ap_CS_fsm_state1))) begin
                ap_NS_fsm = ap_ST_fsm_pp0_stage0;
            end else begin
                ap_NS_fsm = ap_ST_fsm_state1;
            end
        end
        ap_ST_fsm_pp0_stage0 : begin
            ap_NS_fsm = ap_ST_fsm_pp0_stage0;
        end
        default : begin
            ap_NS_fsm = 'bx;
        end
    endcase
end

assign ap_CS_fsm_pp0_stage0 = ap_CS_fsm[32'd1];

assign ap_CS_fsm_state1 = ap_CS_fsm[32'd0];

assign ap_block_pp0_stage0 = ~(1'b1 == 1'b1);

always @ (*) begin
    ap_block_pp0_stage0_01001 = ((app_conv_combine_l1_input_data_1_V_eop1_status == 1'b0) & (ap_enable_reg_pp0_iter1 == 1'b1) & (ap_predicate_op54_write_state3 == 1'b1));
end

always @ (*) begin
    ap_block_pp0_stage0_11001 = ((app_conv_combine_l1_input_data_1_V_eop1_status == 1'b0) & (ap_enable_reg_pp0_iter1 == 1'b1) & (ap_predicate_op54_write_state3 == 1'b1));
end

always @ (*) begin
    ap_block_pp0_stage0_subdone = ((app_conv_combine_l1_input_data_1_V_eop1_status == 1'b0) & (ap_enable_reg_pp0_iter1 == 1'b1) & (ap_predicate_op54_write_state3 == 1'b1));
end

assign ap_block_state2_pp0_stage0_iter0 = ~(1'b1 == 1'b1);

always @ (*) begin
    ap_block_state3_pp0_stage0_iter1 = ((app_conv_combine_l1_input_data_1_V_eop1_status == 1'b0) & (ap_predicate_op54_write_state3 == 1'b1));
end

always @ (*) begin
    ap_condition_224 = (((empty_n_4_reg_612 == 1'd1) & (empty_n_3_reg_594 == 1'd1) & (data_3_ready_reg_184 == 1'd0) & (empty_n_reg_589 == 1'd0) & (reset_reg_208 == 1'd0)) | ((empty_n_4_reg_612 == 1'd1) & (data_2_ready_reg_196 == 1'd1) & (data_3_ready_reg_184 == 1'd0) & (empty_n_reg_589 == 1'd0) & (reset_reg_208 == 1'd0)));
end

always @ (*) begin
    ap_condition_239 = (((empty_n_3_reg_594 == 1'd1) & (empty_n_4_reg_612 == 1'd0) & (data_3_ready_reg_184 == 1'd0) & (empty_n_reg_589 == 1'd0) & (reset_reg_208 == 1'd0)) | ((data_2_ready_reg_196 == 1'd1) & (empty_n_4_reg_612 == 1'd0) & (data_3_ready_reg_184 == 1'd0) & (empty_n_reg_589 == 1'd0) & (reset_reg_208 == 1'd0)));
end

always @ (*) begin
    ap_condition_245 = ((empty_n_3_reg_594 == 1'd0) & (data_2_ready_reg_196 == 1'd0) & (empty_n_reg_589 == 1'd0) & (reset_reg_208 == 1'd0));
end

always @ (*) begin
    ap_condition_265 = ((1'b1 == ap_CS_fsm_pp0_stage0) & (ap_enable_reg_pp0_iter0 == 1'b1) & (1'b0 == ap_block_pp0_stage0_11001));
end

always @ (*) begin
    ap_condition_278 = ((empty_n_reg_589 == 1'd0) & (reset_reg_208 == 1'd0) & (1'b0 == ap_block_pp0_stage0) & (ap_enable_reg_pp0_iter1 == 1'b1) & (1'b1 == ap_CS_fsm_pp0_stage0));
end

always @ (*) begin
    ap_condition_63 = ((1'b0 == ap_block_pp0_stage0) & (ap_enable_reg_pp0_iter1 == 1'b1) & (1'b1 == ap_CS_fsm_pp0_stage0));
end

always @ (*) begin
    ap_condition_81 = (((empty_n_3_reg_594 == 1'd1) & (data_3_ready_reg_184 == 1'd1) & (empty_n_reg_589 == 1'd0) & (reset_reg_208 == 1'd0)) | ((data_3_ready_reg_184 == 1'd1) & (data_2_ready_reg_196 == 1'd1) & (empty_n_reg_589 == 1'd0) & (reset_reg_208 == 1'd0)));
end

always @ (*) begin
    ap_condition_87 = (((empty_n_4_reg_612 == 1'd1) & (empty_n_3_reg_594 == 1'd1) & (empty_n_reg_589 == 1'd0) & (reset_reg_208 == 1'd0)) | ((empty_n_3_reg_594 == 1'd1) & (data_3_ready_reg_184 == 1'd1) & (empty_n_reg_589 == 1'd0) & (reset_reg_208 == 1'd0)) | ((empty_n_4_reg_612 == 1'd1) & (data_2_ready_reg_196 == 1'd1) & (empty_n_reg_589 == 1'd0) & (reset_reg_208 == 1'd0)) | ((data_3_ready_reg_184 == 1'd1) & (data_2_ready_reg_196 == 1'd1) & (empty_n_reg_589 == 1'd0) & (reset_reg_208 == 1'd0)));
end

assign ap_done = 1'b0;

assign ap_enable_pp0 = (ap_idle_pp0 ^ 1'b1);

assign ap_phi_reg_pp0_iter0_reset_1_reg_392 = 'bx;

assign ap_phi_reg_pp0_iter1_data_2_ready_1_reg_284 = 'bx;

assign ap_phi_reg_pp0_iter1_data_2_ready_2_reg_379 = 'bx;

assign ap_phi_reg_pp0_iter1_data_2_ready_be_reg_467 = 'bx;

assign ap_phi_reg_pp0_iter1_data_3_ready_1_reg_366 = 'bx;

assign ap_phi_reg_pp0_iter1_data_3_ready_be_reg_454 = 'bx;

assign ap_phi_reg_pp0_iter1_input_data_2_0_1_reg_274 = 'bx;

assign ap_phi_reg_pp0_iter1_input_data_2_0_2_reg_353 = 'bx;

assign ap_phi_reg_pp0_iter1_input_data_2_1_1_reg_264 = 'bx;

assign ap_phi_reg_pp0_iter1_input_data_2_1_2_reg_340 = 'bx;

assign ap_phi_reg_pp0_iter1_input_data_2_1_be_reg_428 = 'bx;

assign ap_phi_reg_pp0_iter1_input_data_2_be_reg_441 = 'bx;

assign ap_phi_reg_pp0_iter1_input_data_3_0_1_reg_304 = 'bx;

assign ap_phi_reg_pp0_iter1_input_data_3_0_2_reg_327 = 'bx;

assign ap_phi_reg_pp0_iter1_input_data_3_1_1_reg_294 = 'bx;

assign ap_phi_reg_pp0_iter1_input_data_3_1_2_reg_314 = 'bx;

assign ap_phi_reg_pp0_iter1_input_data_3_1_be_reg_402 = 'bx;

assign ap_phi_reg_pp0_iter1_input_data_3_be_reg_415 = 'bx;

assign ap_phi_reg_pp0_iter1_reset_be_reg_480 = 'bx;

always @ (*) begin
    ap_predicate_op54_write_state3 = (((empty_n_4_reg_612 == 1'd1) & (empty_n_3_reg_594 == 1'd1) & (empty_n_reg_589 == 1'd0) & (reset_reg_208 == 1'd0)) | ((empty_n_3_reg_594 == 1'd1) & (data_3_ready_reg_184 == 1'd1) & (empty_n_reg_589 == 1'd0) & (reset_reg_208 == 1'd0)) | ((empty_n_4_reg_612 == 1'd1) & (data_2_ready_reg_196 == 1'd1) & (empty_n_reg_589 == 1'd0) & (reset_reg_208 == 1'd0)) | ((data_3_ready_reg_184 == 1'd1) & (data_2_ready_reg_196 == 1'd1) & (empty_n_reg_589 == 1'd0) & (reset_reg_208 == 1'd0)));
end

assign ap_ready = 1'b0;

assign app_conv_combine_l0_input_data_2_V_data_V_read = app_conv_combine_l0_input_data_2_V_eop0_update;

assign app_conv_combine_l0_input_data_2_V_eop_read = app_conv_combine_l0_input_data_2_V_eop0_update;

assign app_conv_combine_l0_input_data_3_V_data_V_read = app_conv_combine_l0_input_data_3_V_eop0_update;

assign app_conv_combine_l0_input_data_3_V_eop_read = app_conv_combine_l0_input_data_3_V_eop0_update;

assign app_conv_combine_l1_input_data_1_V_data_V_din = {{ap_phi_mux_input_data_3_0_1_phi_fu_307_p4}, {ap_phi_mux_input_data_2_0_1_phi_fu_277_p4}};

assign app_conv_combine_l1_input_data_1_V_data_V_write = app_conv_combine_l1_input_data_1_V_eop1_update;

assign app_conv_combine_l1_input_data_1_V_eop1_status = (app_conv_combine_l1_input_data_1_V_eop_full_n & app_conv_combine_l1_input_data_1_V_data_V_full_n);

assign app_conv_combine_l1_input_data_1_V_eop_din = (ap_phi_mux_input_data_3_1_1_phi_fu_297_p4 | ap_phi_mux_input_data_2_1_1_phi_fu_267_p4);

assign app_conv_combine_l1_input_data_1_V_eop_write = app_conv_combine_l1_input_data_1_V_eop1_update;

assign empty_n_1_nbread_fu_158_p3_0 = (app_conv_combine_l0_input_data_2_V_eop_empty_n & app_conv_combine_l0_input_data_2_V_data_V_empty_n);

assign empty_n_2_nbread_fu_166_p3_0 = (app_conv_combine_l0_input_data_3_V_eop_empty_n & app_conv_combine_l0_input_data_3_V_data_V_empty_n);

assign empty_n_3_fu_501_p1 = empty_n_1_nbread_fu_158_p3_0;

assign empty_n_fu_497_p1 = reset_app_conv_combine_l0_1_V_empty_n;

assign not_s_fu_556_p2 = (tmp_2_fu_550_p2 ^ 1'd1);

assign p_reset_1_fu_562_p2 = (not_s_fu_556_p2 & ap_phi_reg_pp0_iter1_reset_1_reg_392);

assign p_s_fu_569_p3 = ((tmp_2_fu_550_p2[0:0] === 1'b1) ? 32'd0 : reset_cnt_1_fu_544_p2);

assign reset_cnt_1_fu_544_p2 = (reset_cnt_fu_148 + 32'd1);

assign tmp_2_fu_550_p2 = ((reset_cnt_1_fu_544_p2 == 32'd2048) ? 1'b1 : 1'b0);

endmodule //app_conv_combine_l0_1